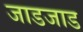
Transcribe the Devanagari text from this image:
जाडजाड